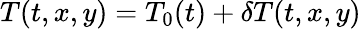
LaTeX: T(t,x,y)=T_{0}(t)+\delta T(t,x,y)